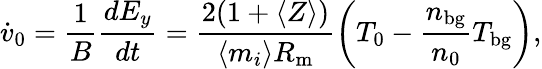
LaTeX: \dot{v}_{0}=\frac{1}{B}\frac{dE_{y}}{dt}=\frac{2(1+\langle Z\rangle)}{\langle m_{i}\rangle R_{\mathrm{m}}}\left(T_{0}-\frac{n_{\mathrm{bg}}}{n_{0}}T_{\mathrm{bg}}\right),